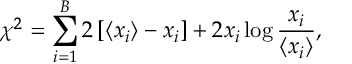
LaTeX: \chi ^ { 2 } = \sum _ { i = 1 } ^ { B } 2 \left[ \langle x _ { i } \rangle - x _ { i } \right] + 2 x _ { i } \log \frac { x _ { i } } { \langle x _ { i } \rangle } ,